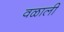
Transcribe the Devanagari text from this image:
वळाली